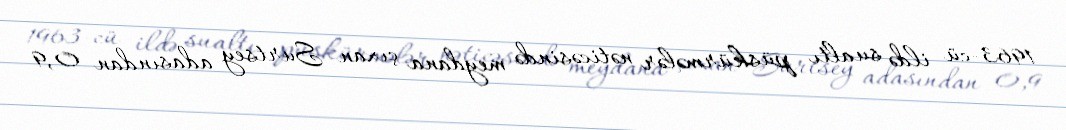
1963-cü ildə sualtı püskürmələr nəticəsində meydana çıxan Surtsey adasından 0,9